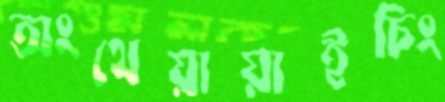
অংথেয়ায়াইচিং